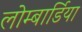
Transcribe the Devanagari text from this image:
लोम्बार्डिया